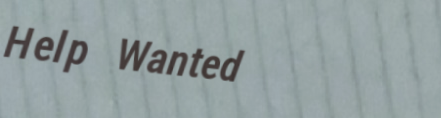
Help Wanted